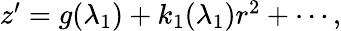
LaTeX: \begin{array}{r}{z^{\prime}=g(\lambda_{1})+k_{1}(\lambda_{1})r^{2}+\cdots,}\end{array}